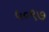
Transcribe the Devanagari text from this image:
५०९७